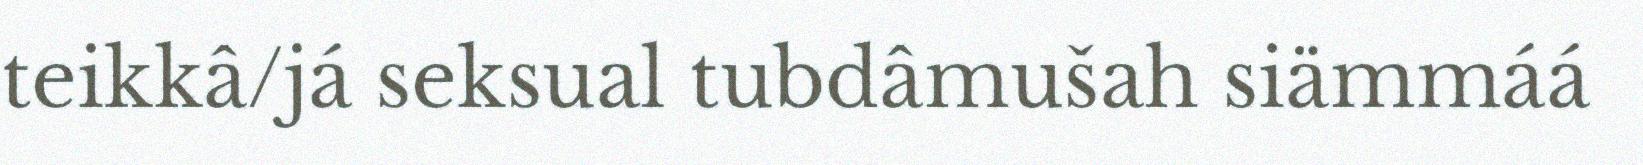
teikkâ/já seksual tubdâmušah siämmáá